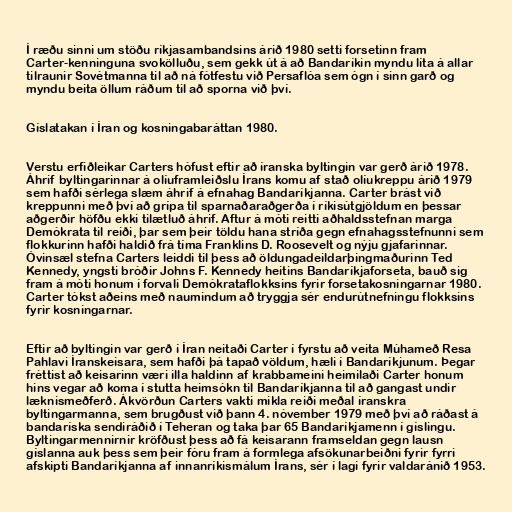
Í ræðu sinni um stöðu ríkjasambandsins árið 1980 setti forsetinn fram
Carter-kenninguna svokölluðu, sem gekk út á að Bandaríkin myndu líta á allar
tilraunir Sovétmanna til að ná fótfestu við Persaflóa sem ógn í sinn garð og
myndu beita öllum ráðum til að sporna við því.

Gíslatakan í Íran og kosningabaráttan 1980.

Verstu erfiðleikar Carters hófust eftir að íranska byltingin var gerð árið 1978.
Áhrif byltingarinnar á olíuframleiðslu Írans komu af stað olíukreppu árið 1979
sem hafði sérlega slæm áhrif á efnahag Bandaríkjanna. Carter brást við
kreppunni með því að grípa til sparnaðaraðgerða í ríkisútgjöldum en þessar
aðgerðir höfðu ekki tilætluð áhrif. Aftur á móti reitti aðhaldsstefnan marga
Demókrata til reiði, þar sem þeir töldu hana stríða gegn efnahagsstefnunni sem
flokkurinn hafði haldið frá tíma Franklins D. Roosevelt og nýju gjafarinnar.
Óvinsæl stefna Carters leiddi til þess að öldungadeildarþingmaðurinn Ted
Kennedy, yngsti bróðir Johns F. Kennedy heitins Bandaríkjaforseta, bauð sig
fram á móti honum í forvali Demókrataflokksins fyrir forsetakosningarnar 1980.
Carter tókst aðeins með naumindum að tryggja sér endurútnefningu flokksins
fyrir kosningarnar.

Eftir að byltingin var gerð í Íran neitaði Carter í fyrstu að veita Múhameð Resa
Pahlavi Íranskeisara, sem hafði þá tapað völdum, hæli í Bandaríkjunum. Þegar
fréttist að keisarinn væri illa haldinn af krabbameini heimilaði Carter honum
hins vegar að koma í stutta heimsókn til Bandaríkjanna til að gangast undir
læknismeðferð. Ákvörðun Carters vakti mikla reiði meðal íranskra
byltingarmanna, sem brugðust við þann 4. nóvember 1979 með því að ráðast á
bandaríska sendiráðið í Teheran og taka þar 65 Bandaríkjamenn í gíslingu.
Byltingarmennirnir kröfðust þess að fá keisarann framseldan gegn lausn
gíslanna auk þess sem þeir fóru fram á formlega afsökunarbeiðni fyrir fyrri
afskipti Bandaríkjanna af innanríkismálum Írans, sér í lagi fyrir valdaránið 1953.